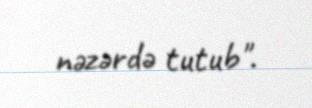
nəzərdə tutub".